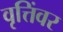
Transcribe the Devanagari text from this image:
वृत्तिंवर